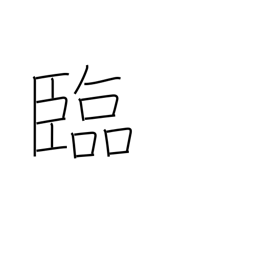
Meaning: look to